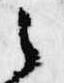
之